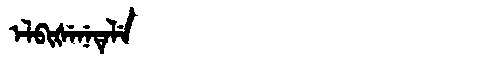
Manchu: ᡝᠯᠪᡳᡧᡝᠨᡝᡨᡝᠯᡝ
Romanization: ELBIŠENETELE